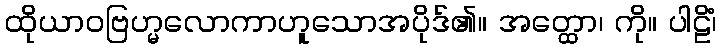
ထိုယာဝဗြဟ္မလောကာဟူသောအပိုဒ်၏။ အတ္ထော၊ ကို။ ပါဠိံ၊